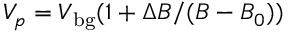
V _ { p } = V _ { \mathrm { b g } } ( 1 + \Delta B / ( B - B _ { 0 } ) )